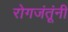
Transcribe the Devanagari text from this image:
रोगजंतूंनी